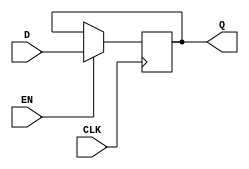
module edge_triggered_gated_latch (
    input wire D,     // Data Input
    input wire CLK,   // Clock Signal
    input wire EN,    // Enable Signal
    output reg Q      // Output
);

    // Always block triggered on the rising edge of CLK
    always @(posedge CLK) begin
        if (EN) begin
            Q <= D;  // Latch the value of D when EN is high
        end
        // If EN is low, Q retains its previous value
    end

endmodule